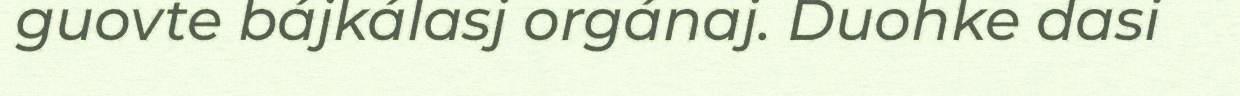
guovte bájkálasj orgánaj. Duohke dasi